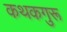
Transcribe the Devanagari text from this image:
कथकगुरू